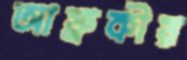
আফ্রকীয়